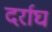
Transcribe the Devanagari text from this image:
दर्राघ